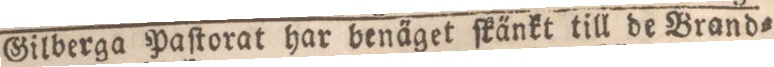
Gilberga Paſtorat har benäget ſka̋nkt till de Brand=